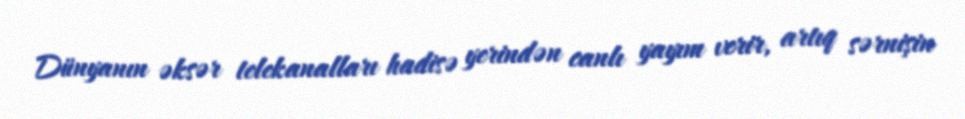
Dünyanın əksər telekanalları hadisə yerindən canlı yayım verir, artıq sərnişin